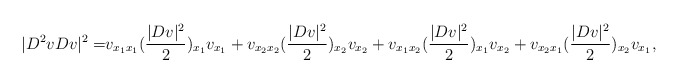
\begin{align*}|D^2v Dv |^2=& v _{x_1x_1}(\frac{|Dv |^2}2)_{x_1}v _{x_1}+v _{x_2x_2}(\frac{|Dv |^2}2)_{x_2}v _{x_2}+v _{x_1x_2}(\frac{|Dv |^2}2)_{x_1}v _{x_2}+ v _{x_2x_1}(\frac{|Dv |^2}2)_{x_2}v _{x_1},\end{align*}